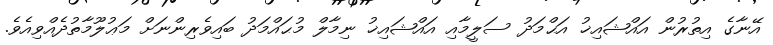
އޭނާގެ އިތުރުން އައްޝައިޚު އަޙްމަދު ސަލީމާއި އައްޝައިޚު ނިމާލް މުޙައްމަދު ބައިވެރިންނަށް މަޢުލޫމާތުދެއްވިއެވެ.